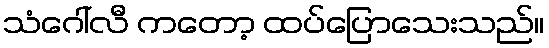
သံဂေါ်လီ ကတော့ ထပ်ပြောသေးသည်။